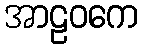
အာဠဝကေ